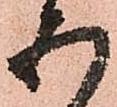
五